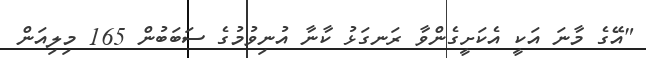
"އޭގެ މާނަ އަކީ އެކަށީގެންވާ ރަނގަޅު ކާނާ އުނިވުމުގެ ސަބަބުން 165 މިލިއަން